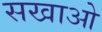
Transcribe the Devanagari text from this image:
सखाओ